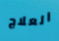
العلاج